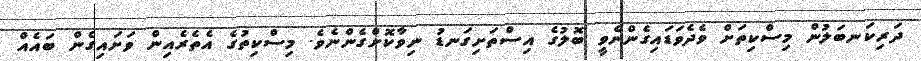
ދަރިކަނބަލުން މިސްކިތަށް ވެދެވަޑައިގެންނެވީ ބޮލުގެ އިސްތަށިގަނޑު ނިވާކޮށްގެންނެވެ. މިސްކިތުގެ އެތެރެއިން ވަށައިގެން ބައެއް